Civil Veterinary Dept. Bombay admin report 1893-99 - 1893-1899
Year: 1893
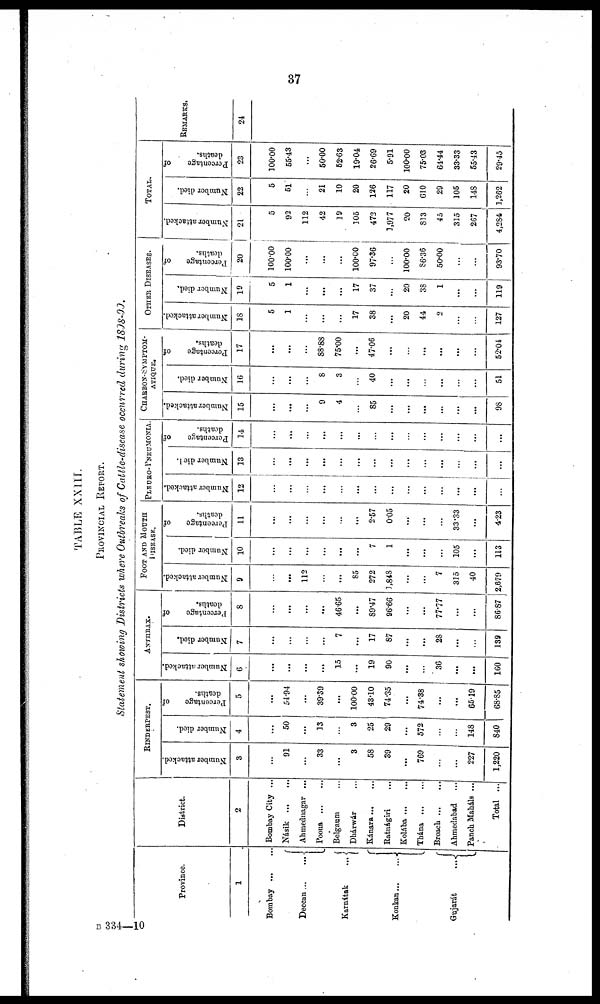
37
TABLE XXIII.
PROVINCIAL
REPORT.
Statement showing Districts where Outbreaks of Cattle-disease occurred during 1898-99.
Province.
1
Bombay
...
...
Deccan ... ...
Karnátak
...
Konkan
...
...
Gujarát
...
RINDERPEST.
District.
2
Bombay City ...
Násik
...
...
Ahmednagar ...
Poona
...
...
Belgaum ...
Dhárwár ...
Kánara ... ...
Ratnágiri ...
Kolába ... ...
Thána ... ...
Broach
...
...
Ahmedabad ...
Panch Maháls ...
Total ...
Number attacked.
3
...
91
...
33
...
3
58
39
...
769
...
...
227
1,220
Number died.
4
...
50
...
13
...
3
25
29
...
572
...
...
148
840
Percentage
of
deaths.
5
...
54.94
...
39.39
...
100.00
43.10
74.35
...
74.38
...
...
65.19
68.35
ANTHRAX
Number attacked.
6
...
...
...
...
15
...
19
90
...
...
36
...
...
160
Number died.
7
...
...
...
...
7
...
17
87
...
...
28
...
...
139
Percentage
of
deaths.
8
...
...
...
...
4665
...
89.47
96.66
...
...
77.77
...
...
86.87
FOOT AND MOUTH
DISEASE.
Number attacked.
9
...
...
112
...
...
85
272
1,848
...
...
7
315
40
2,679
Number died.
10
...
...
...
...
...
...
7
1
...
...
...
105
...
113
Percentage
of
deaths.
11
...
...
...
...
...
...
2.57
005
...
...
...
33.33
...
4.23
PLEURO-PNEUMONIA.
Number attacked.
12
...
...
...
...
...
...
...
...
...
...
...
...
...
...
Number died.
13
...
...
...
...
...
...
...
...
...
...
...
...
...
...
Percentage
of
deaths.
14
...
...
...
...
...
...
...
...
...
...
...
...
...
...
CHARBON-SYMPTOM-
ATIQUE.
Number attacked.
15
...
...
...
9
4
...
85
...
...
...
...
...
...
98
Number died.
16
...
...
...
8
3
...
40
...
...
...
...
...
...
51
Percentage
of
deaths.
17
...
...
...
88.88
75.00
...
47.06
...
...
...
...
...
...
52.04
OTHER DISEASES.
Number attacked.
18
5
1
...
...
...
17
38
...
20
44
2
...
...
127
Number died.
19
5
1
...
...
...
17
37
...
20
38
1
...
...
119
Percentage
of
deaths.
20
100.00
100.00
...
...
...
100.00
97.36
...
100.00
86.36
50.00
...
...
93.70
TOTAL.
Number attacked.
21
5
92
112
42
19
105
472
1,977
20
813
45
345
267
4,284
Number died.
22
5
51
...
21
10
20
126
117
20
610
29
105
148
1,262
Percentage
of
deaths.
23
100.00
55.43
...
50.00
52.63
19.04
26.69
5.91
100.00
75.03
64.44
33.33
55.43
29.45
REMARKS.
24
B 334—10